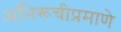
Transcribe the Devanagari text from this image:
अभिरूचीप्रमाणे